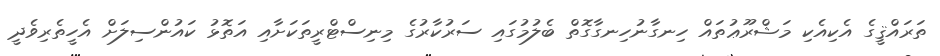
ތަރައްޤީގެ އެކިއެކި މަޝްރޫޢުތައް ހިނގާނުހިނގާގޮތް ބެލުމުގައި ސަރުކާރުގެ މިނިސްޓްރީތަކަށާއި އަތޮޅު ކައުންސިލަށް އެހީތެރިވެދީ